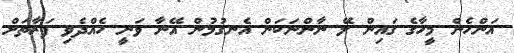
އަންހެން މީހާގެ ގައިން ލޭ ނާންނަކަން އެނގުމުން އޭނާ ވަނީ ހެއްދެވި ފަރާތަށް